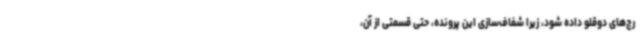
رج‌های دوقلو داده شود، زیرا شفاف‌سازی این پرونده، حتی قسمتی از آن،